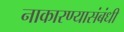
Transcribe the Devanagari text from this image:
नाकारण्यासंबंधी